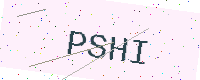
Text: PSHI